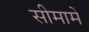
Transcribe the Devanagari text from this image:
सीमामें